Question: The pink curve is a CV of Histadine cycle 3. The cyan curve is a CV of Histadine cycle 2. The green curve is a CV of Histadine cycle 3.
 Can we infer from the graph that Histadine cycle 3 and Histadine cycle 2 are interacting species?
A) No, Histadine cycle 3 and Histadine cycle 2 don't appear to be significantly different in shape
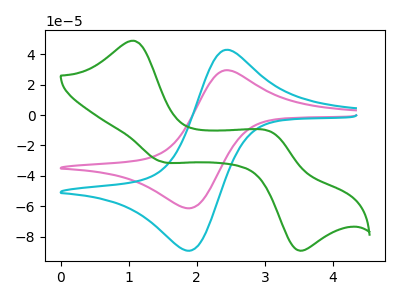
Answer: <think>The pink curve "Histadine cycle 3" has an anodic peak at (2.40V, 29.40uA) and a cathodic peak at (1.90V, -61.30uA). The cyan curve "Histadine cycle 2" has an anodic peak at (2.40V, 42.75uA) and a cathodic peak at (1.90V, -89.15uA). The green curve "Histadine cycle 3" has anodic peaks at (1.05V, 48.75uA) (3.10V, -11.60uA) and cathodic peaks at (1.45V, -30.35uA) (3.45V, -88.50uA).
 All the peaks in "Histadine cycle 3" have a peak in "Histadine cycle 2" at the same potential. Every peak in "Histadine cycle 3" is lower than every peak in "Histadine cycle 2".</think>
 <answer>A) No, "Histadine cycle 3" and "Histadine cycle 2" don't appear to be significantly different in shape</answer>
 <eval>A</eval>